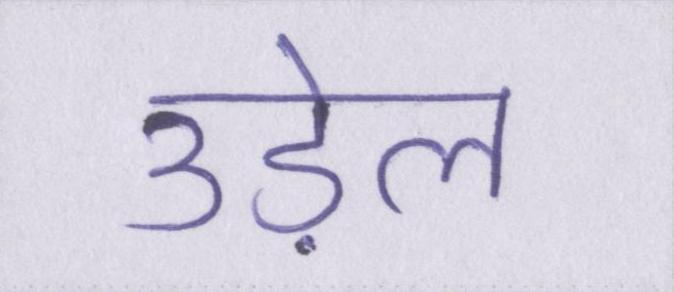
उड़ेल